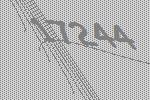
17244